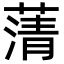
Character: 蔳